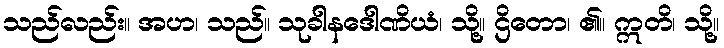
သည်လည်း။ အဟ၊ သည်။ သုခါနဒေါဏိယံ၊ သို့။ ဌိတော၊ ၏။ ဣတိ၊ သို့။